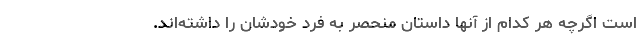
است اگرچه هر کدام از آنها داستان منحصر به فرد خودشان را داشته‌اند.